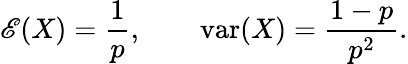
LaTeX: \operatorname{\mathscr{E}}(X)={\frac{{1}}{{p}}},\qquad\operatorname{var}(X)={\frac{{1-p}}{{p^{2}}}}.